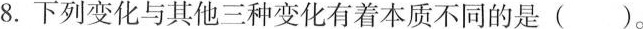
8.下列变化与其他三种变化有着本质不同的是()。